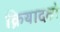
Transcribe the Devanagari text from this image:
क्रियादक्षो